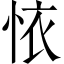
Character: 𢙇